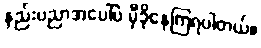
နည်းပညာအပေါ်ပဲ မှီခိုနေကြရပါတယ်။